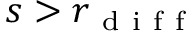
s > r _ { \mathrm { ~ d ~ i ~ f ~ f ~ } }